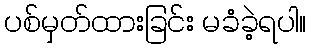
ပစ်မှတ်ထားခြင်း မခံခဲ့ရပါ။